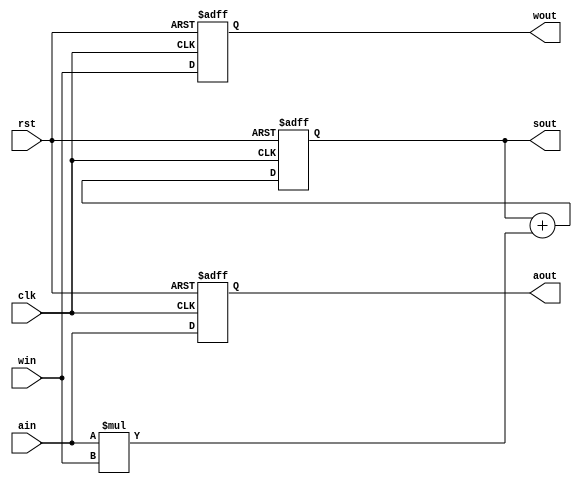
`timescale 1ns / 1ps
//////////////////////////////////////////////////////////////////////////////////
// Company: 
// Engineer: 
// 
// Design Name: 
// Module Name: mac_unit
// Project Name: 
// Target Devices: 
// Tool Versions: 
// Description: 
// 
// Dependencies: 
// 
// Revision:
// Revision 0.01 - File Created
// Additional Comments:
// 
//////////////////////////////////////////////////////////////////////////////////


module mac_unit(
    input clk,
    input rst,
    input [7:0] ain,
    input [7:0] win,
    output reg [7:0] aout,
    output reg [7:0] wout,
    output reg [16:0] sout
    );
 

 always @(posedge clk or posedge rst)begin
    if(rst) begin
      aout <= 0;
      wout <= 0;
      sout <= 0;
    end else begin  
      aout <= ain;
      wout <= win;
      sout <= sout + (ain * win);
    end
 end
 
endmodule